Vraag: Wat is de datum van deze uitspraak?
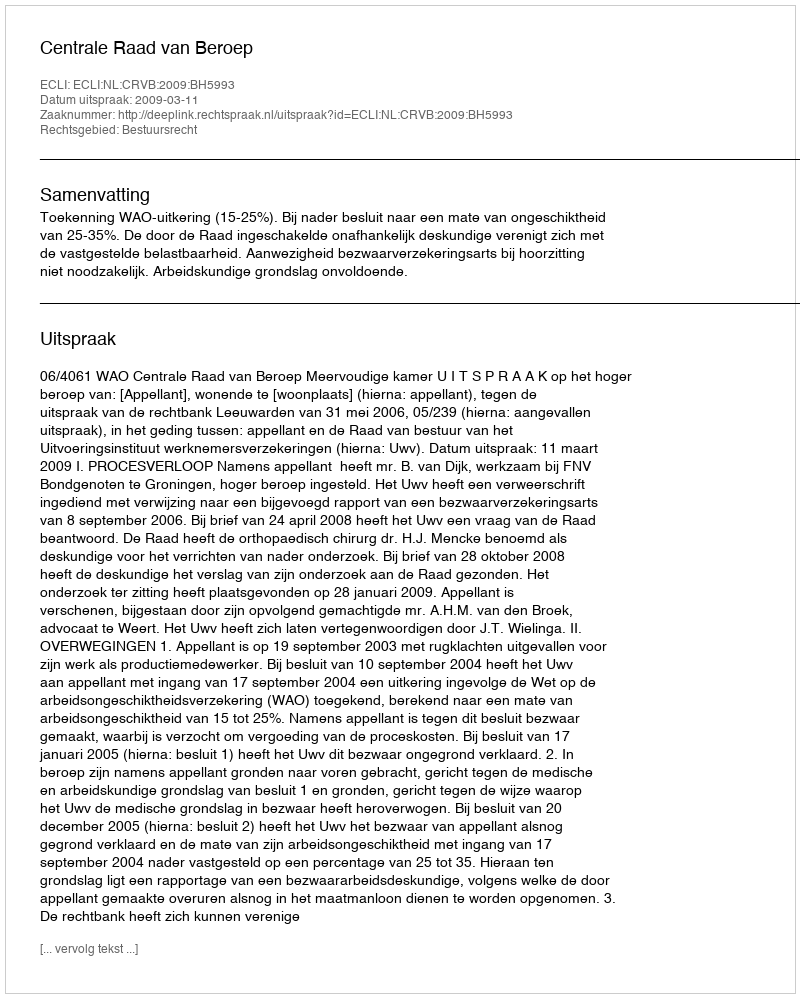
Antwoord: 2009-03-11